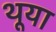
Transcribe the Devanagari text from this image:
थूया